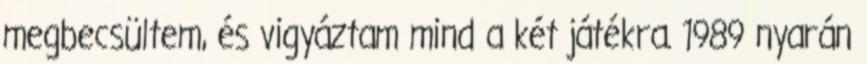
megbecsültem, és vigyáztam mind a két játékra. 1989 nyarán